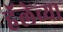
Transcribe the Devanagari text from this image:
हॅलेच्या